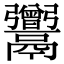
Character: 𩱭